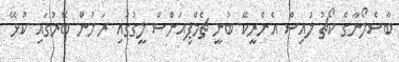
ބާސެލޯނާގެ ކޯޗު ލުއިސް އެންރީކޭ ބުނީ ޗެމްޕިއަންސް ލީގުގައި ރަށުން ބޭރުގައި ކުޅޭ